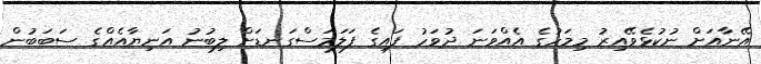
އޭނާއަށް ނުކުޅެވޭއިރު މިމަހުގެ އެއްވަނަ ދުވަހު ފައިގެ ފަލަމަސްގަނޑަށް ލިބުނު އަނިޔާއެއްގެ ސަބަބުން